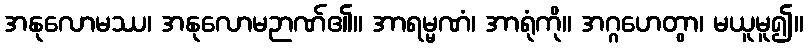
အနုလောမဿ၊ အနုလောမဉာဏ်၏။ အာရမ္မဏံ၊ အာရုံကို။ အဂ္ဂဟေတွာ၊ မယူမူ၍။